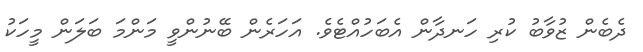
ދެބެން ޒުވާބު ކުރި ހަނދާން އެބަހުއްޓެވެ. އަހަރެން ބޭނުންވީ މަންމަ ބަލަން މީހަކު